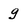
Character: g